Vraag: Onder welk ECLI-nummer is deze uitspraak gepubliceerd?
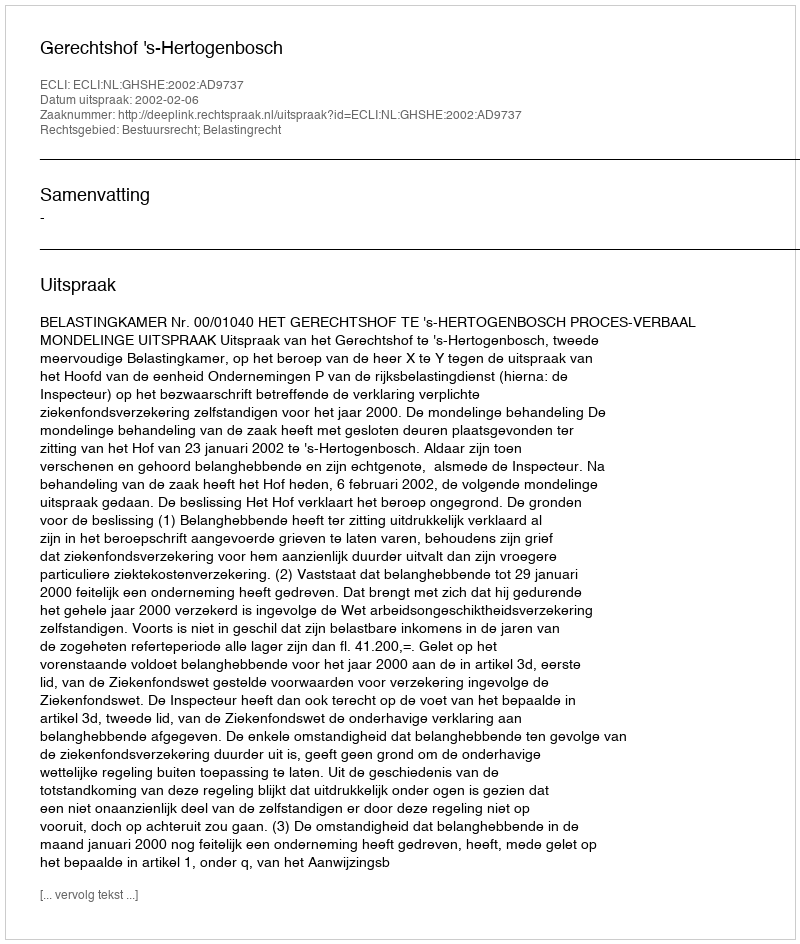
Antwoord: ECLI:NL:GHSHE:2002:AD9737